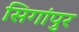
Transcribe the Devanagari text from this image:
सिगांपुर